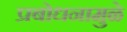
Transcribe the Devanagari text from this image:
प्रबोधनामुळे